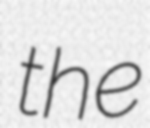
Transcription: the